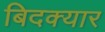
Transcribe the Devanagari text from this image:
बिदक्यार